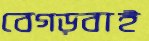
বেগড়বাই